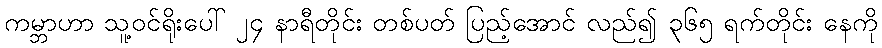
ကမ္ဘာဟာ သူ့ဝင်ရိုးပေါ် ၂၄ နာရီတိုင်း တစ်ပတ် ပြည့်အောင် လည်၍ ၃၆၅ ရက်တိုင်း နေကို